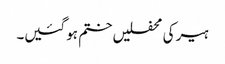
ہیر کی محفلیں ختم ہو گئیں۔